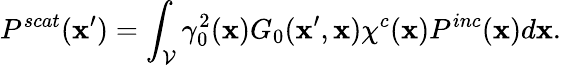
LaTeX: P^{scat}(\textbf{x}^{\prime})=\int_{\mathcal{V}}\gamma_{0}^{2}(\textbf{x})G_{0}(\textbf{x}^{\prime},\textbf{x})\chi^{c}(\textbf{x})P^{inc}(\textbf{x})d\textbf{x}.